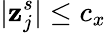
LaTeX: |\mathbf{z}_{j}^{s}|\le c_{x}